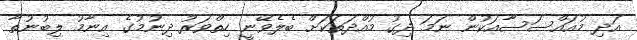
އަދި މުއައްސަސާއަކުން ނަމަ ދިގު މުއްދަތަކަށް ބެލެވޭނީ ހިތްވަރު ދިނުމުގެ އިނާމު ލިބުނުތާ